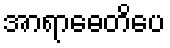
အာရာဓေတိပေ